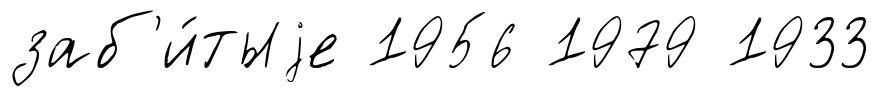
заб'и́тыjе 1956 1979 1933